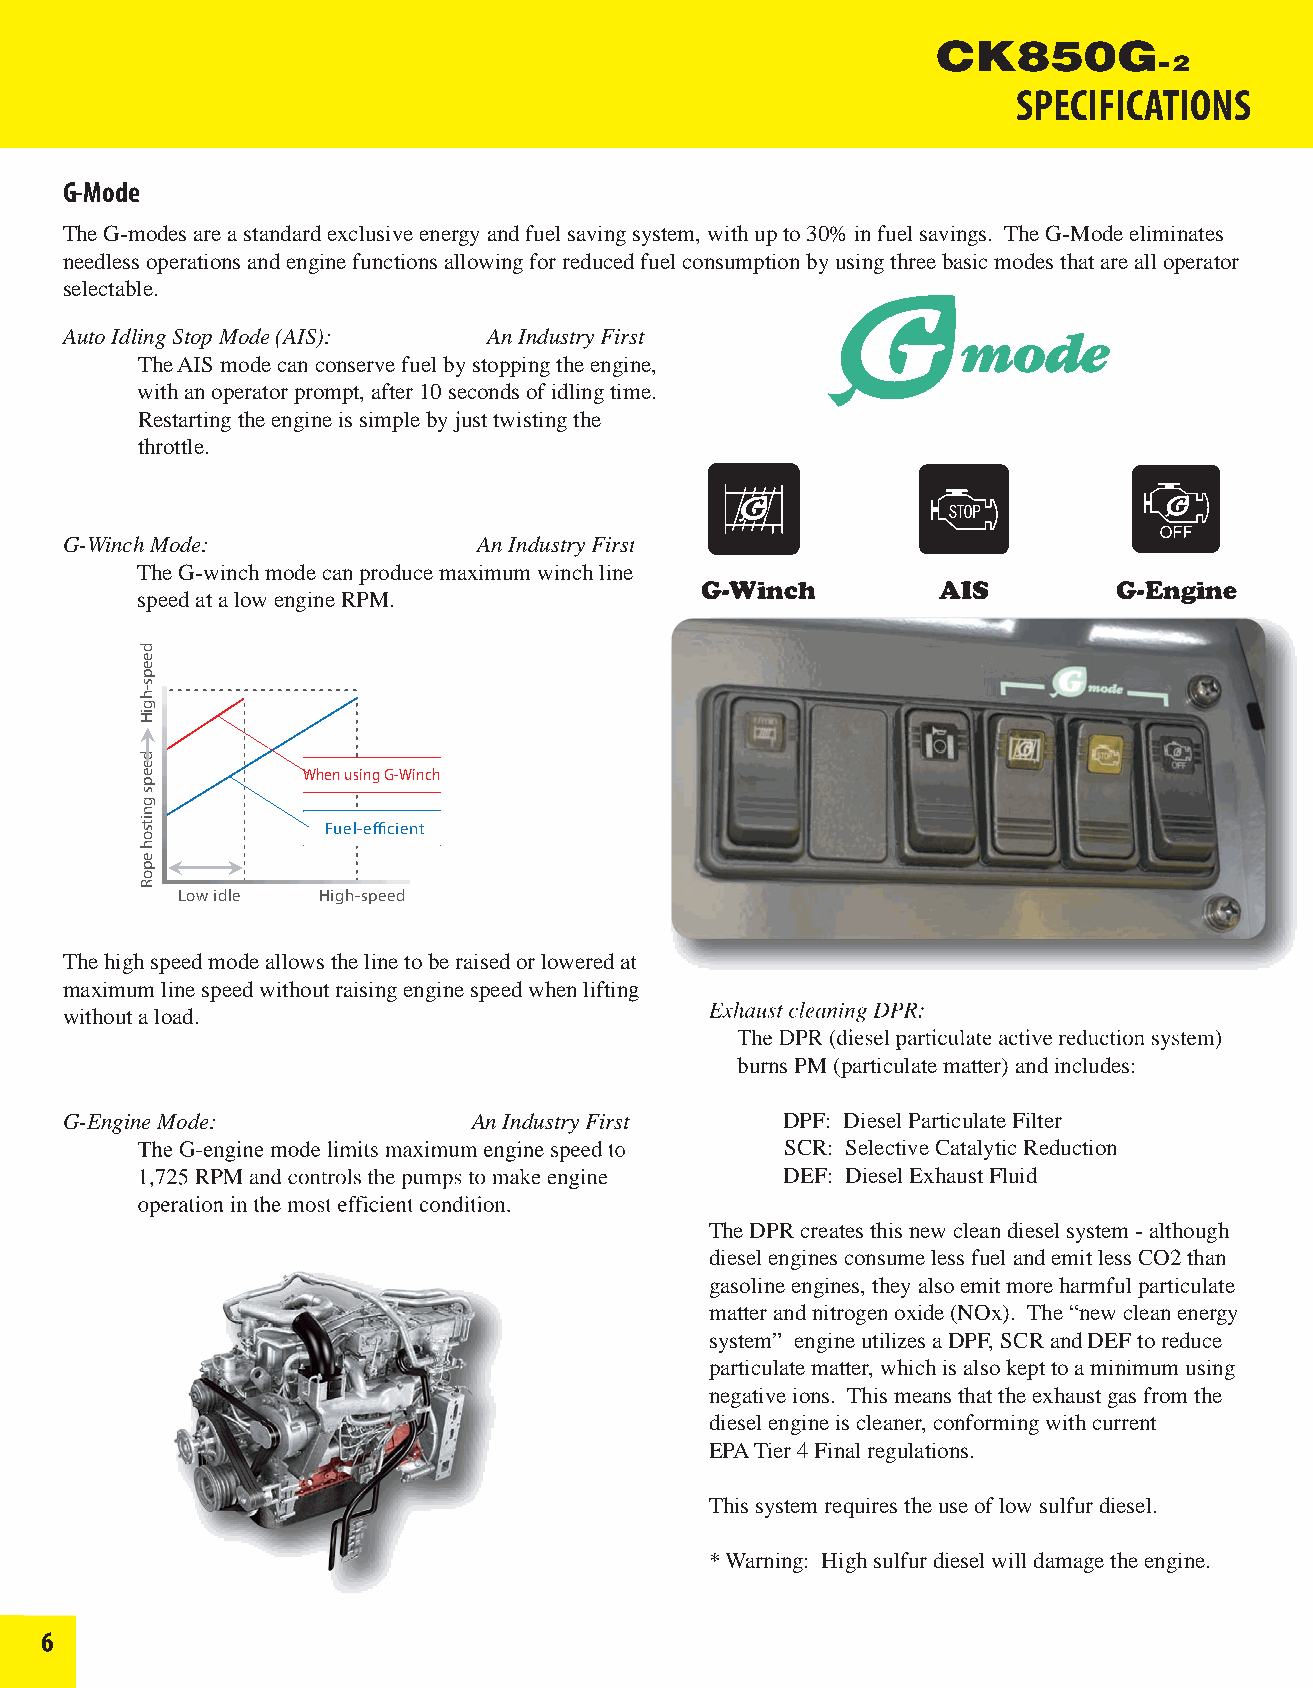
SPECIFICATIONS
 G-Mode
 The G-modes are a standard exclusive energy and fuel saving system, with up to 30% in fuel savings. The G-Mode eliminates
 needless operations and engine functions allowing for reduced fuel consumption by using three basic modes that are all operator
 selectable.
 Auto Idling Stop Mode (AIS): An Industry First
 The AIS mode can conserve fuel by stopping the engine,
 with an operator prompt, after 10 seconds of idling time.
 Restarting the engine is simple by just twisting the
 throttle.
 G-Winch Mode:               AAnn IInndduussttrryy FFiirrsstt
 TThhee GG--wwiinncchh mmooddee ccaann pprroodduuccee mmaaxxiimmuumm wwiinncchh lliinnee
 G-Winch         AIS         G-Engine
 speed at a low engine RPM.
 When using G-Winch
 Fuel-efficient
 Low idle High-speed
 TThhee hhiigghh ssppeeeedd mmooddee aalllloowwss tthhee lliinnee ttoo bbee rraaiisseedd oorr lloowweerreedd aatt
 mmaaxxiimmuumm lliinnee ssppeeeedd wwiitthhoouutt rraaiissiinngg eennggiinnee ssppeeeedd wwhheenn lliiffttiinngg
 EExxhhaauusstt cclleeaanniinngg DDPPRR::
 without a load.
 TThhee DDPPRR ((ddiieesseell ppaarrttiiccuullaattee aaccttiivvee rreedduuccttiioonn ssyysstteemm))
 burns PM (particulate matter) and includes:
 G-Engine Mode:             An Industry First    DPF: Diesel Particulate Filter
 TThhee GG--eennggiinnee mmooddee lliimmiittss mmaaxxiimmuumm eennggiinnee ssppeeeedd ttoo SCR: Selective Catalytic Reduction
 11,,772255 RRPPMM aanndd ccoonnttrroollss tthhee ppuummppss ttoo mmaakkee eennggiinnee DEF: Diesel Exhaust Fluid
 ooppeerraattiioonn iinn tthhee mmoosstt eeffffiicciieenntt ccoonnddiittiioonn..
 The DPR creates this new clean diesel system - although
 diesel engines consume less fuel and emit less CO2 than
 gasoline engines, they also emit more harmful particulate
 matter and nitrogen oxide (NOx). The “new clean energy
 system” engine utilizes a DPF, SCR and DEF to reduce
 particulate matter, which is also kept to a minimum using
 negative ions. This means that the exhaust gas from the
 diesel engine is cleaner, conforming with current
 EPA Tier 4 Final regulations.
 This system requires the use of low sulfur diesel.
 * Warning: High sulfur diesel will damage the engine.
 66
 deeps-hgiH
 deeps
 gnitsoh
 epoR